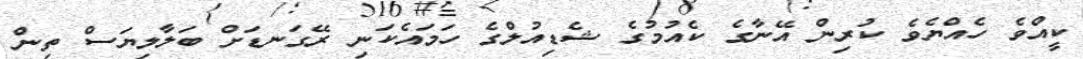
ކީއްވެ ހެއްޔެވެ ކުރިން އޭނާގެ ކެއުމުގެ ޝެޑިއުލްގެ ހަމައެކަނި ރޭގަނޑަށް ބަލާލިޔަސް ތިން